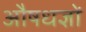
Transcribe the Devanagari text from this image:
औषधज्ञों